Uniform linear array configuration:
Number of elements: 64
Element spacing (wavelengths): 0.5
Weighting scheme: blackman
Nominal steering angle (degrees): -60
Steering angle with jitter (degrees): -61.129
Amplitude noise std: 0.05
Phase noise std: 0.05

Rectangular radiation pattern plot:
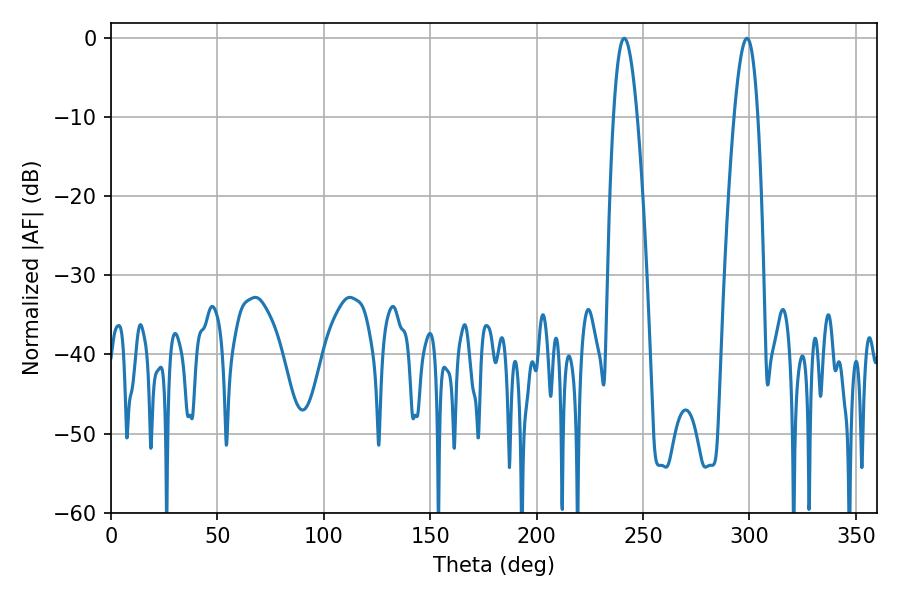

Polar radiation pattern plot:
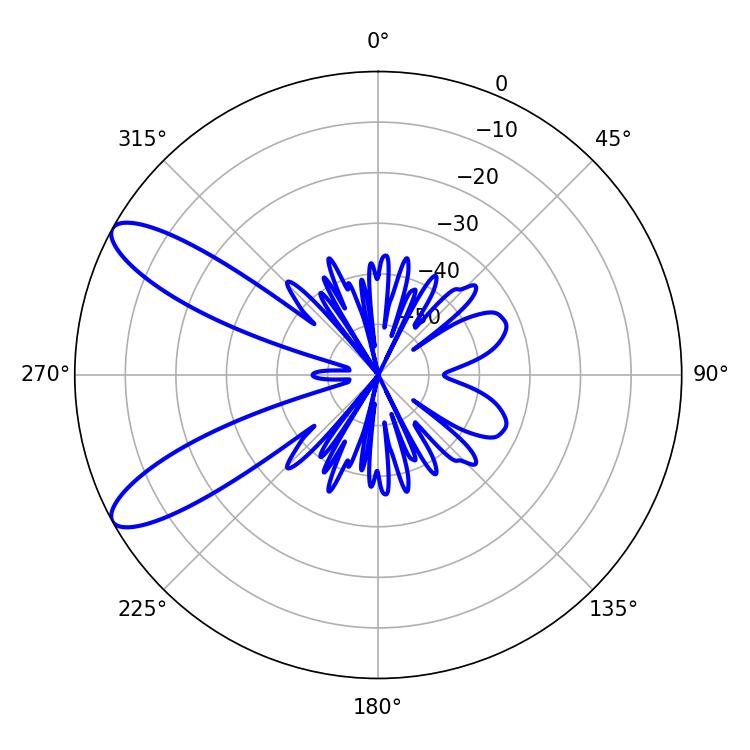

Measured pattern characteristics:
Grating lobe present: FALSE
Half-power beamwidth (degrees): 6.12
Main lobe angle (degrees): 241.2